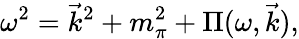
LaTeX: \omega^{2}={\vec{k}}^{2}+m_{\pi}^{2}+\Pi(\omega,{\vec{k}}),